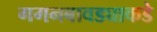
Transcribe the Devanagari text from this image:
गगनबावड्याकडे